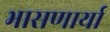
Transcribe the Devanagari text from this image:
भासणार्या